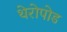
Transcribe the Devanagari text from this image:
थेरोपोड